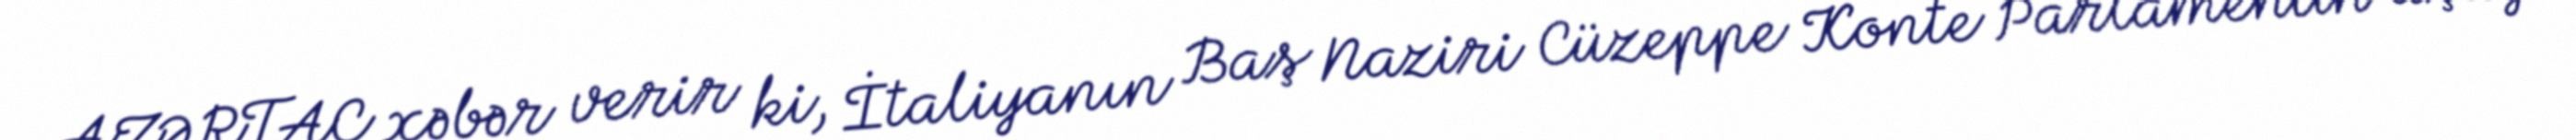
AZƏRTAC xəbər verir ki, İtaliyanın Baş Naziri Cüzeppe Konte Parlamentin aşağı